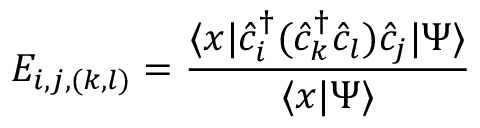
E _ { i , j , ( k , l ) } = \frac { \langle x | \hat { c } _ { i } ^ { \dagger } ( \hat { c } _ { k } ^ { \dagger } \hat { c } _ { l } ) \hat { c } _ { j } | \Psi \rangle } { \langle x | \Psi \rangle }